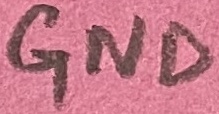
Text: GND